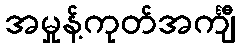
အမှုန့်ကုတ်အင်္ကျီ